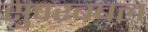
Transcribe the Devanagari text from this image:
सुपरबबल